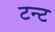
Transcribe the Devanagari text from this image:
टन्ट